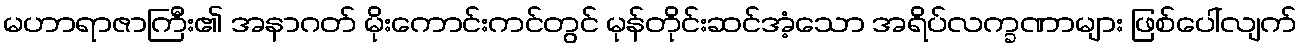
မဟာရာဇာကြီး၏ အနာဂတ် မိုးကောင်းကင်တွင် မုန်တိုင်းဆင်အံ့သော အရိပ်လက္ခဏာများ ဖြစ်ပေါ်လျက်